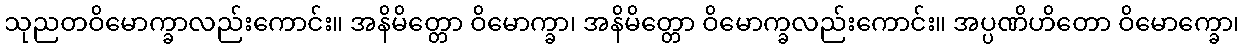
သုညတဝိမောက္ခာလည်းကောင်း။ အနိမိတ္တော ဝိမောက္ခာ၊ အနိမိတ္တော ဝိမောက္ခလည်းကောင်း။ အပ္ပဏိဟိတော ဝိမောက္ခော၊